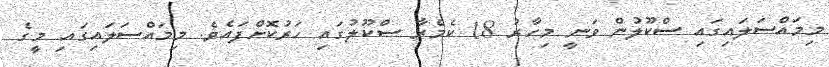
މިމައްސަލައިގައި ސްކޫލުން ވަނީ މިހާރު 18 ކެމެރާ ސްކޫލުގައި ހަރުކޮށްފައެވެ. މިމައްސަލައިގައި މީގެ